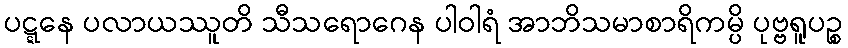
ပဋ္ဋနေ ပလာယဿူတိ သီသရောဂေန ပါဝါရံ အာဘိသမာစာရိကမ္ပိ ပုဗ္ဗရူပဉ္စ